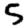
Digit: 5